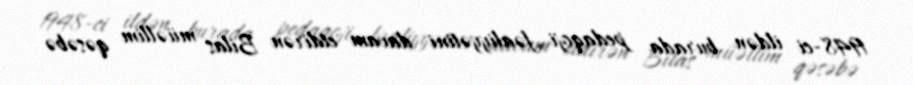
1948-ci ildən burada pedaqoji fəaliyyətini davam etdirən Bilas müəllim qəsəbə